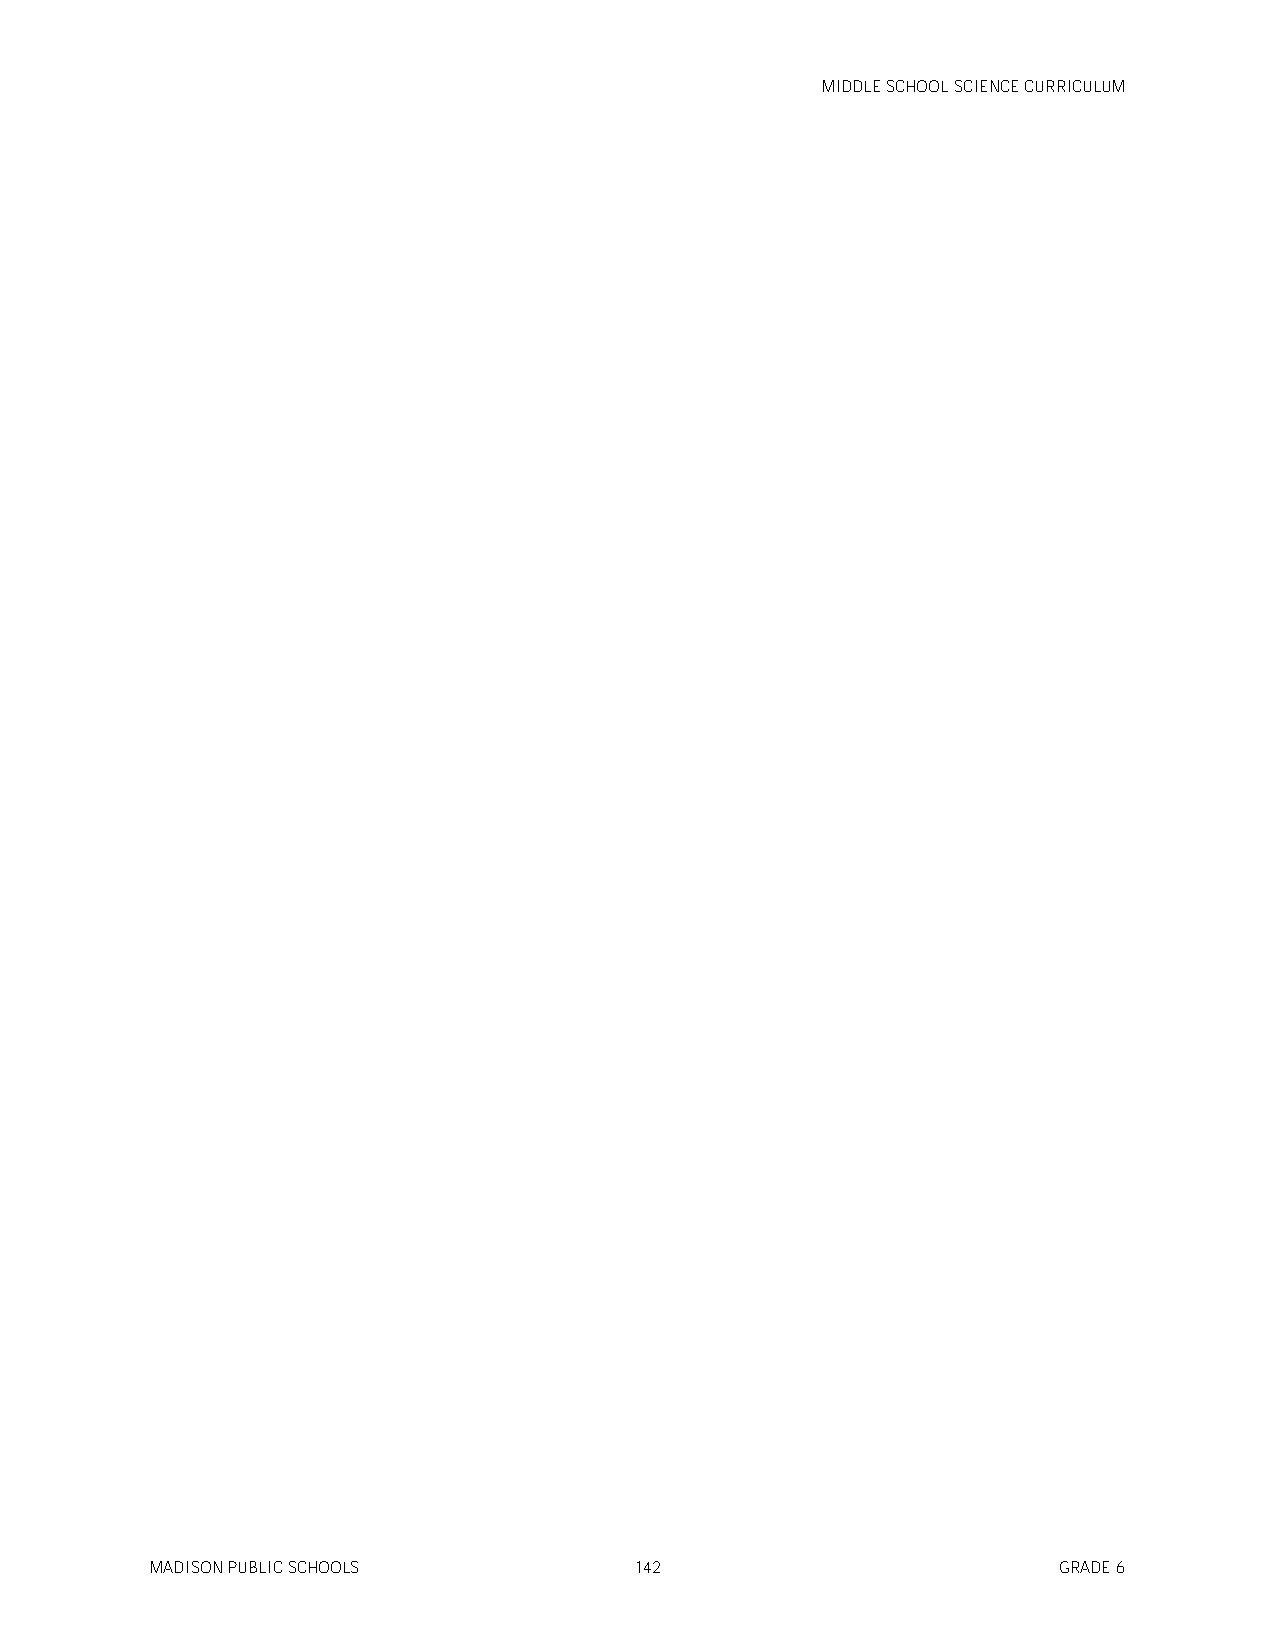
MIDDLE SCHOOL SCIENCE CURRICULUM
 MADISON PUBLIC SCHOOLS          142                         GRADE 6